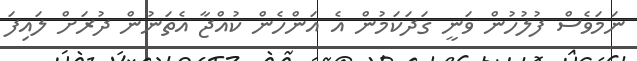
ނަމަވެސް ފުލުހުން ވަނީ ގަދަކަމުން އެ އަންހެން ކުއްޖާ އެތަނުން ދުރަށް ލައިފަ